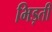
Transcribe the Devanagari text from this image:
भिड़ती